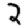
Digit: 2